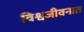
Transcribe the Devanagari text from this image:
विश्वजीवनात